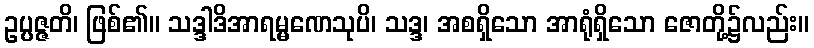
ဥပ္ပဇ္ဇတိ၊ ဖြစ်၏။ သဒ္ဒါဒိအာရမ္မဏေသုပိ၊ သဒ္ဒ၊ အစရှိသော အာရုံရှိသော ဇောတို့၌လည်း။